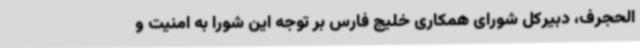
الحجرف، دبیرکل شورای همکاری خلیج فارس بر توجه این شورا به امنیت و